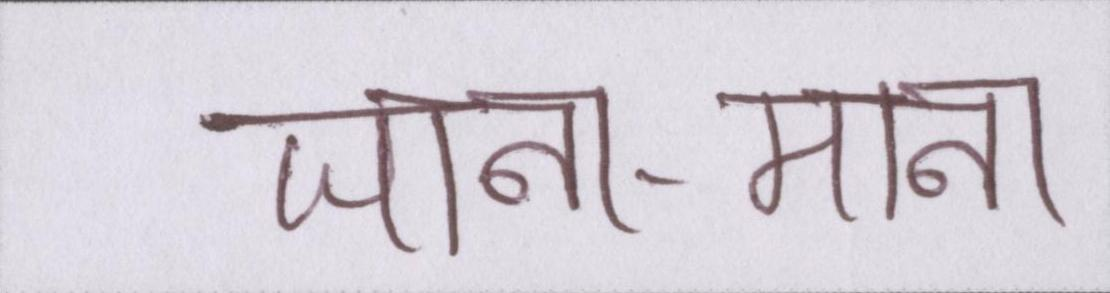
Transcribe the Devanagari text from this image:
जाना-माना